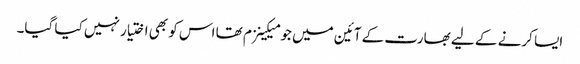
ایسا کرنے کے لیے بھارت کے آئین میں جو میکینزم تھا اس کو بھی اختیار نہیں کیا گیا۔